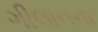
ગીલાનના